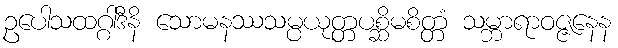
ဥပေါသထဂ္ဂါဒီနိ သောမနဿသမ္ပယုတ္တပစ္ဆိမစိတ္တံ သမ္ဘာရာဝဇ္ဇနေန